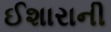
ઈશારાની